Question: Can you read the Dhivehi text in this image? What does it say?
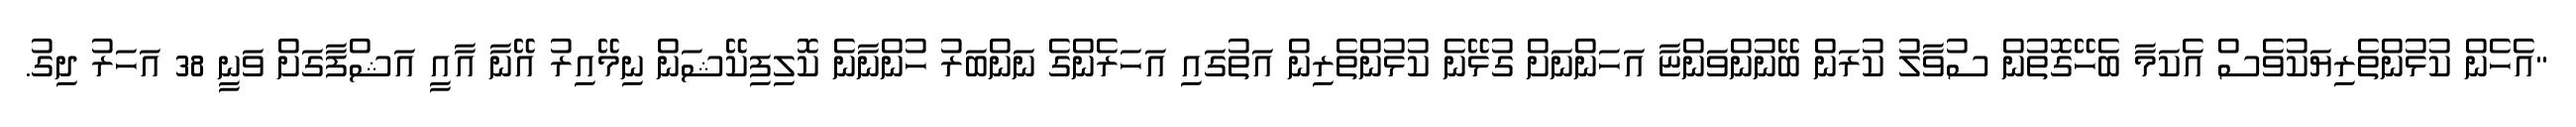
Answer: "އެހެން ކުޅުންތެރިޔަކުވެސް އެކަމާ ބެހޭގޮތުން ސުވާލު ކުރަން ބޭނުންވަންޏާ އަހަންނަށް ގުޅޭނެ ކުޅުންތެރިން އަތުގައި އަހަރެންގެ ނަންބަރު ހުންނާނެ ކޮލިފިކޭޝަން ނިމޭއިރު އޭނާ އާއީ އަޝްފާގަށް ވަނީ 38 އަހަރު ދިގު.